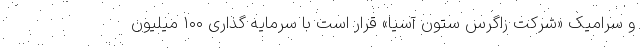
و سرامیک «شرکت زاگرس ستون آسیا» قرار است با سرمایه گذاری ۱۰۰ میلیون